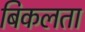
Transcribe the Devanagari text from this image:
बिकलता